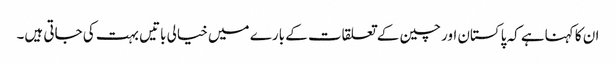
ان کا کہناہے کہ پاکستان اور چین کے تعلقات کے بارے میں خیالی باتیں بہت کی جاتی ہیں۔